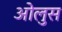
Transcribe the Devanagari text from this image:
ओलुस